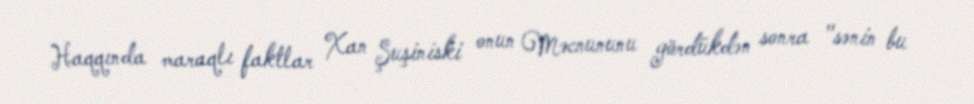
Haqqında maraqlı faktlar Xan Şuşiniski onun Məcnununu gördükdən sonra "sənin bu